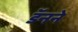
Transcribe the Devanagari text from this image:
डॅनने